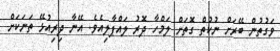
ވަގުތުން ބޭރަށް ނުކުތް ގޮތަށް ލަމްހާ ދޮރު ލައްޕާލިއެވެ. އޭނާ ދިރިއުޅޭ ތަނަކަށް